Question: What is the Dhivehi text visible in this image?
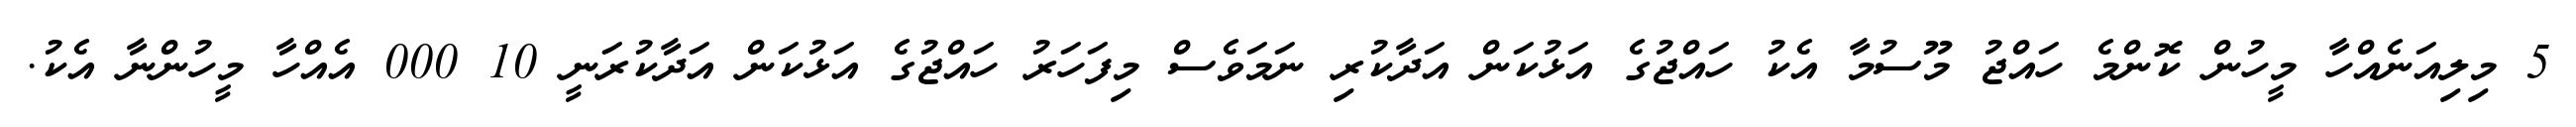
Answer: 5 މިލިއަނެއްހާ މީހުން ކޮންމެ ހައްޖު މޫސުމާ އެކު ހައްޖުގެ އަޅުކަން އަދާކުރި ނަމަވެސް މިފަހަރު ހައްޖުގެ އަޅުކަން އަދާކުރަނީ 10 000 އެއްހާ މީހުންނާ އެކު.